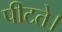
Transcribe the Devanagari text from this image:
पीटते।